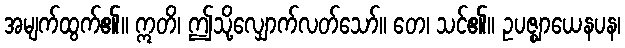
အမျက်ထွက်၏။ ဣတိ၊ ဤသို့လျှောက်လတ်သော်။ တေ၊ သင်၏။ ဥပဇ္ဈာယေနပန၊